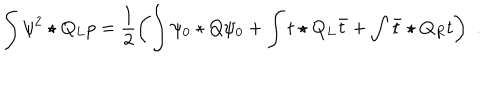
LaTeX: \int \psi ^ { 2 } \star Q _ { L } p = \frac { 1 } { 2 } \left( \int \psi _ { 0 } \star Q \psi _ { 0 } + \int t \star Q _ { L } \bar { t } + \int \bar { t } \star Q _ { R } t \right) \, \, .